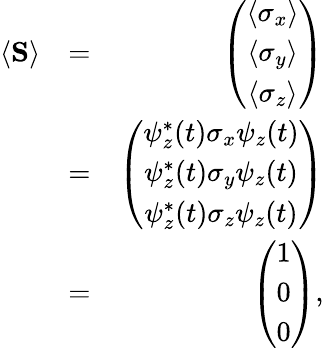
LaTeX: \begin{array}{rlr}{\langle{\mathbf S}\rangle}&{=}&{\left(\begin{array}{c}{\langle{\mathbf\sigma_{x}}\rangle}\\ {\langle{\mathbf\sigma_{y}}\rangle}\\ {\langle{\mathbf\sigma_{z}}\rangle}\end{array}\right)}\\ &{=}&{\left(\begin{array}{c}{\psi_{z}^{*}(t){\mathbf\sigma_{x}}\psi_{z}(t)}\\ {\psi_{z}^{*}(t){\mathbf\sigma_{y}}\psi_{z}(t)}\\ {\psi_{z}^{*}(t){\mathbf\sigma_{z}}\psi_{z}(t)}\end{array}\right)}\\ &{=}&{\left(\begin{array}{c}{1}\\ {0}\\ {0}\end{array}\right),}\end{array}